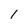
Character: 1